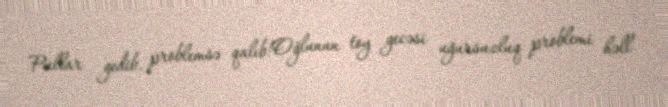
Pullar gedib, problemsə qalıb!Oğlunun toy gecəsi uğursuzluq problemi həll